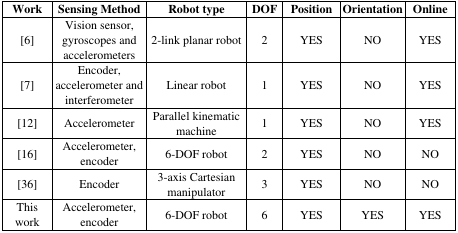
| Work | Sensing Method | Robot type | DOF | Position | Orientation | Online |
 | --- | --- | --- | --- | --- | --- | --- |
 | [6] | Vision sensor, gyroscopes and accelerometers | 2-link planar robot | 2 | YES | NO | YES |
 | [7] | Encoder, accelerometer and interferometer | Linear robot | 1 | YES | NO | YES |
 | [12] | Accelerometer | Parallel kinematic machine | 1 | YES | NO | YES |
 | [16] | Accelerometer, encoder | 6-DOF robot | 2 | YES | NO | NO |
 | [36] | Encoder | 3-axis Cartesian manipulator | 3 | YES | NO | NO |
 | This work | Accelerometer, encoder | 6-DOF robot | 6 | YES | YES | YES |